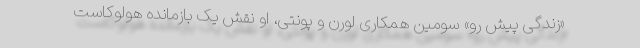
«زندگی پیش رو» سومین همکاری لورن و پونتی، او نقش یک بازمانده هولوکاست